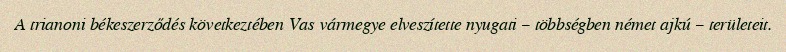
A trianoni békeszerződés következtében Vas vármegye elveszítette nyugati – többségben német ajkú – területeit.